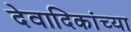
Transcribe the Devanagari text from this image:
देवादिकांच्या